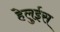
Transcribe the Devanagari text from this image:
हेलुईस